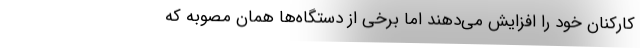
کارکنان خود را افزایش می‌دهند اما برخی از دستگاه‌ها همان مصوبه که